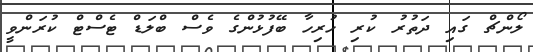
ލޯންޗް ގައި ދަތުރު ކުރި ހުރިހާ ބޭފުޅުންގެ ވެސް ބްލަޑް ޓެސްޓް ކުރަންވީ